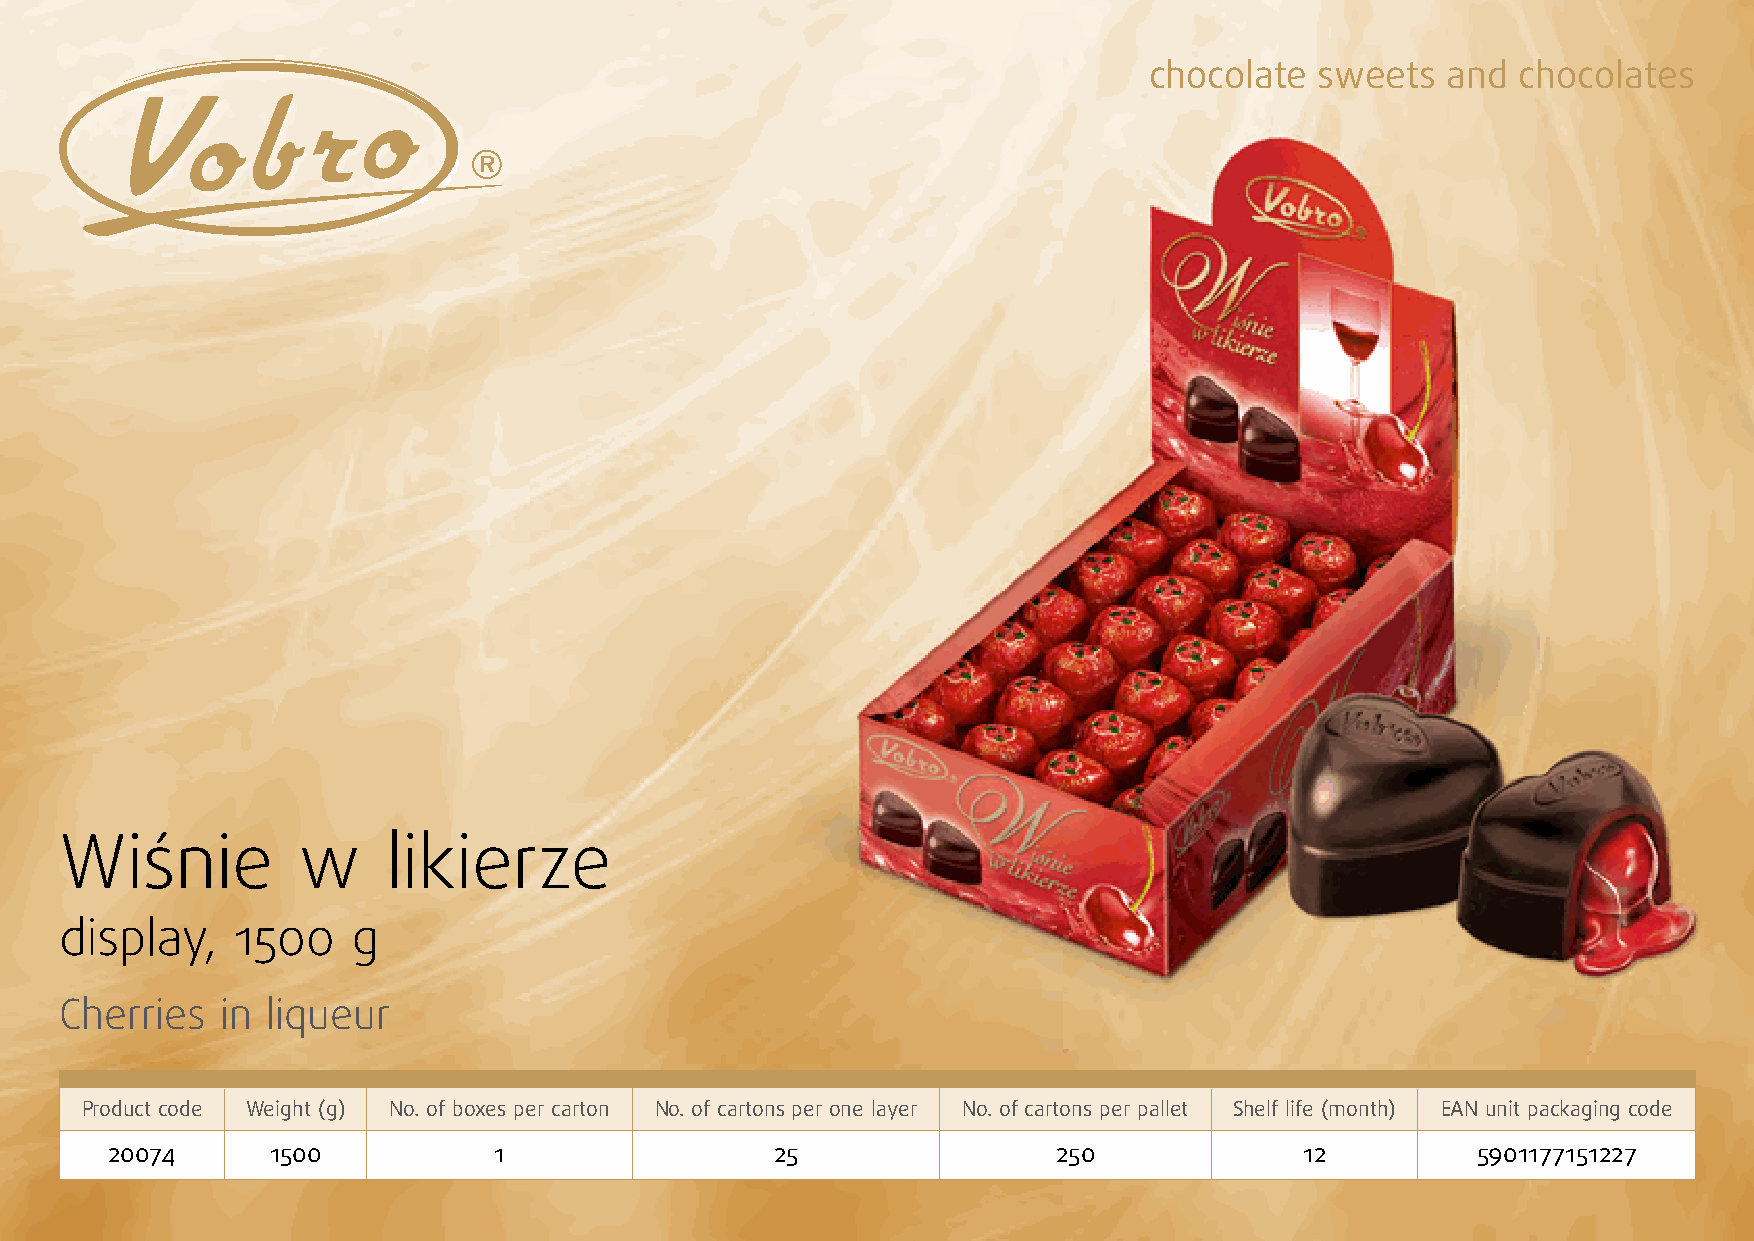
chocolate  sweets   and  chocolates
 Wiśnie          w     likierze
 display,   1500    g
 Cherries   in liqueur
 Product code Weight (g) No. of boxes per carton No. of cartons per one layer No. of cartons per pallet Shelf life (month) EAN unit packaging code
 20074      1500           1                 25                 250             12          5901177151227